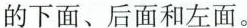
的下面、后面和左面。